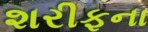
શરીફના